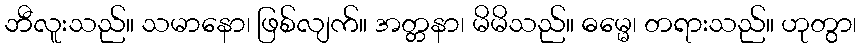
ဘီလူးသည်။ သမာနော၊ ဖြစ်လျက်။ အတ္တနာ၊ မိမိသည်။ ဓမ္မေ၊ တရားသည်။ ဟုတွာ၊